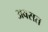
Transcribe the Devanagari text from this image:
अवसत